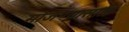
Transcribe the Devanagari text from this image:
मोजण्यासाठि